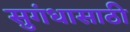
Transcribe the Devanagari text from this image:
सुगंधासाठी